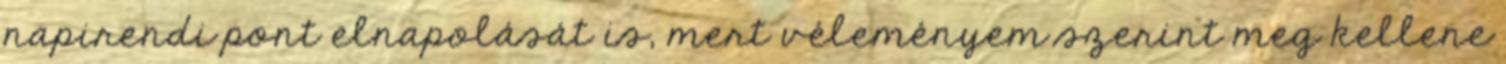
napirendi pont elnapolását is, mert véleményem szerint meg kellene